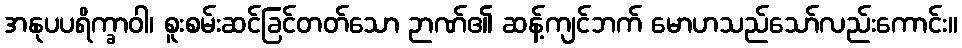
အနုပပရိက္ခာဝါ၊ စူးစမ်းဆင်ခြင်တတ်သော ဉာဏ်၏ ဆန့်ကျင်ဘက် မောဟသည်သော်လည်းကောင်း။